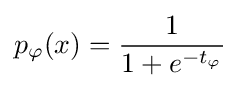
p_{\varphi }(x)={\frac {1}{1+e^{-t_{\varphi }}}}